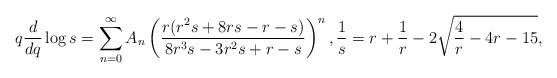
LaTeX: \begin{align*} q\frac{d}{dq} \log s= \sum_{n=0}^{\infty} A_{n} \left ( \frac{r(r^{2}s+8rs-r-s)}{8r^{3}s-3r^{2}s+r-s} \right )^{n}, \frac{1}{s} = r+\frac{1}{r}-2\sqrt{\frac{4}{r} - 4r - 15},\end{align*}